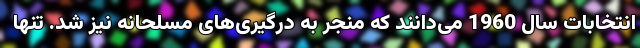
انتخابات سال 1960 می‌دانند که منجر به درگیری‌های مسلحانه نیز شد. تنها